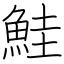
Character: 鮭